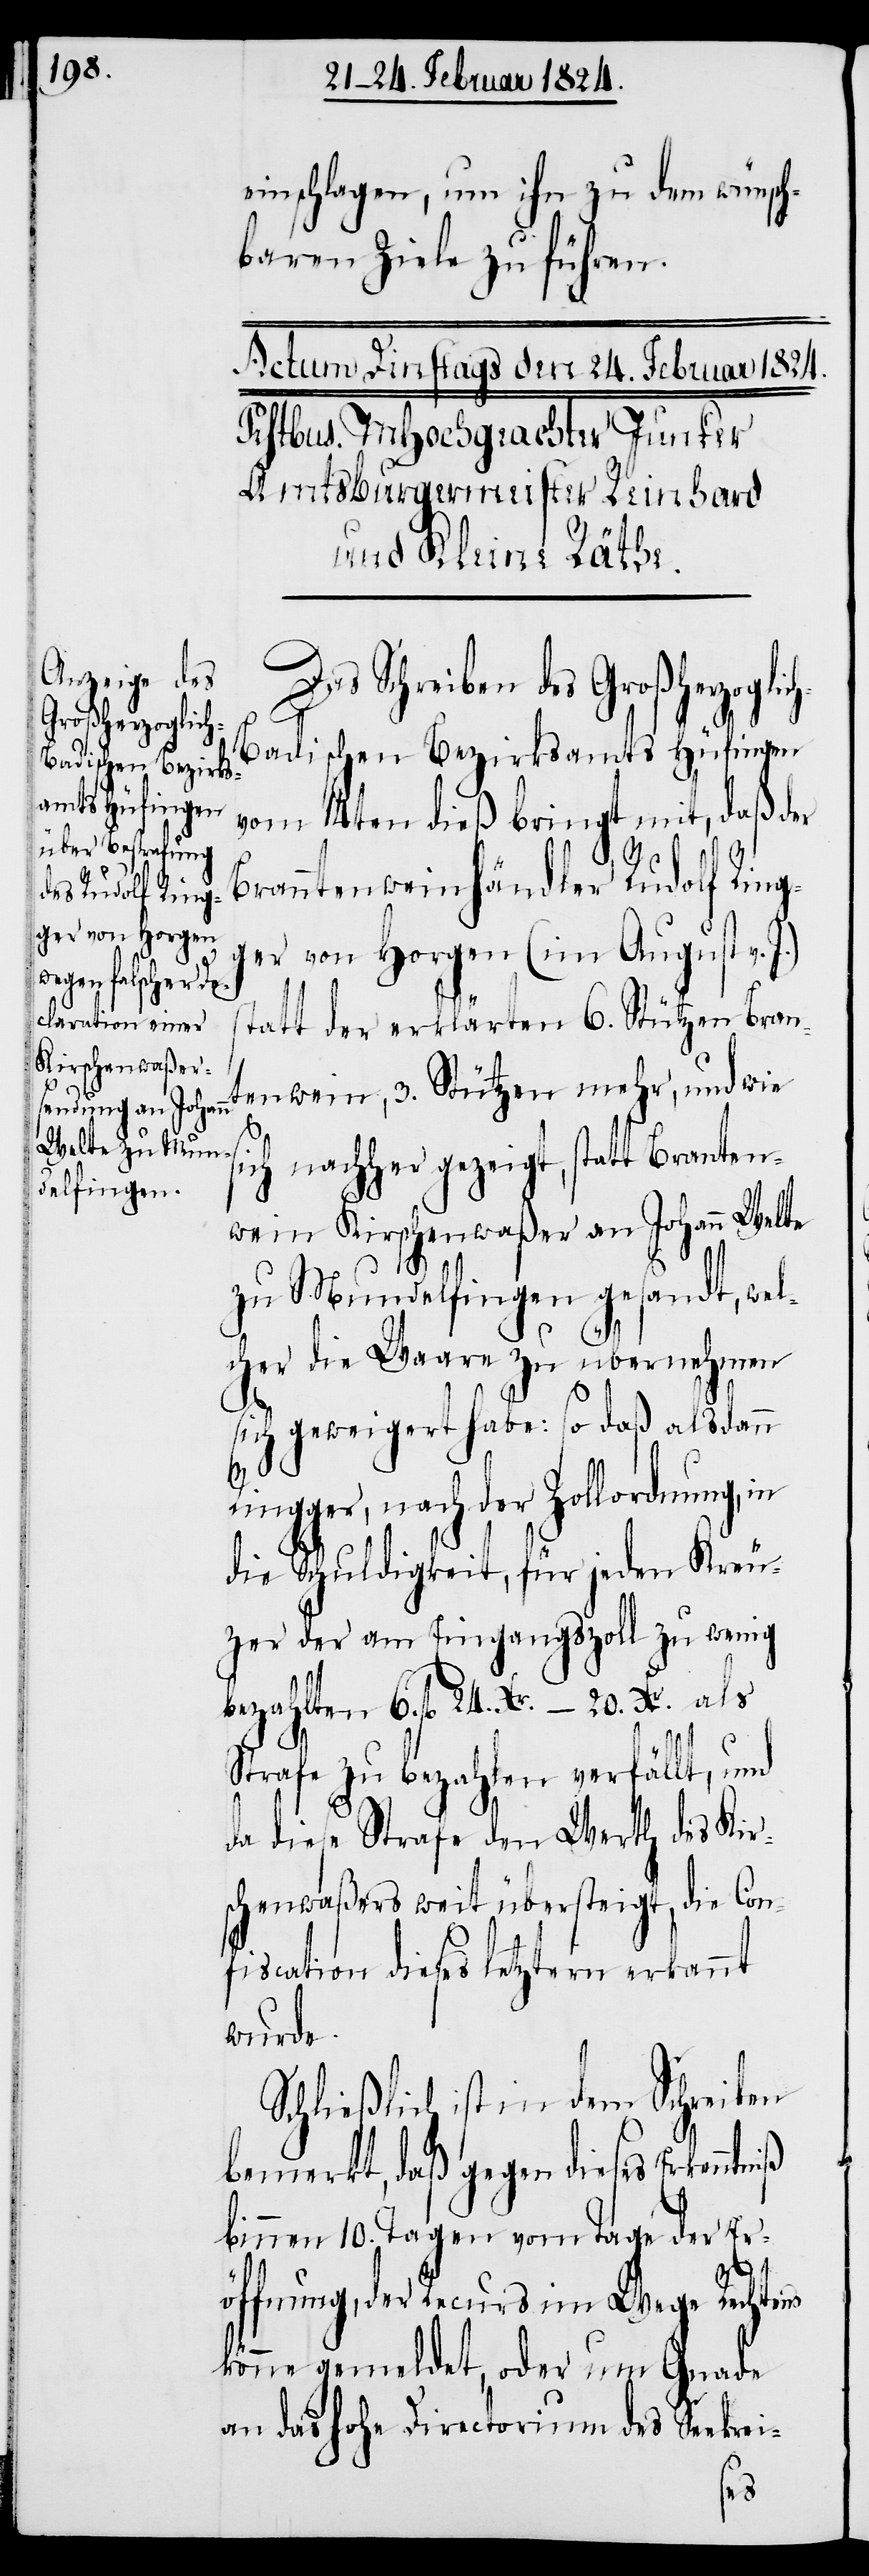
einschlagen, um ihn zu dem wünsch¬
baren Ziele zu führen.
Das Schreiben des Großherzoglic¬
h-Badischen Bezirksamts Hüfingen
vom 14ten dieß bringt mit, daß der
Branntenweinhändler Rudolf Ring¬
ger von Horgen (im August v.
tatt der erklärten 6. Stützen Bran¬
ein [sic!], 3. Stützen mehr, und wie
ich nachher gezeigt, statt Branten¬
wein Kirschenwaßer an Johann Welte
zu Mendelfingen gesandt, wel¬
cher die Waare zu übernehmen
sich geweigert habe: so daß alsdann
Ringger, nach der Zollordnung, in
die Schuldigkeit, für jeden Kreu¬
zer der am Eingangszoll zu wenig
bezahlten 6. fl. 24. Xr. – 20. Xr. als
Strafe zu bezahlen verfällt, und
da diese Strafe den Werth des Kir¬
schenwaßers weit übersteigt, die Con¬
fiscation dieses letztern erkannt
wurde.
Schließlich ist in dem Schreiben
bemerkt, daß gegen dieses Erkenntn¬
binnen 10. Tagen vom Tage der Er¬
iß
öffnung, der Recurs im Wege Rechtens
könne gemeldet, oder um Gnade
an das hohe Directorium des Seekrei-
s¬